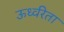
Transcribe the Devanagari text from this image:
ऊर्ध्वरेता